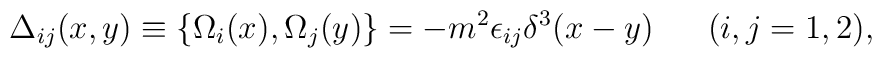
\Delta_{ij}(x,y) \equiv \{ \Omega_i(x), \Omega_j(y) \}               = - m^2 \epsilon_{ij} \delta^3(x-y)               ~~~~~(i, j = 1, 2),